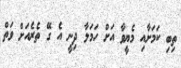
ތިބި ކަމަށާއި މެޔީވާ އަށް ހަމަލާ ދިނީ އެ ގޭ ތެރެއަށް ވަތް